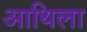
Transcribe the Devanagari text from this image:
आथिला